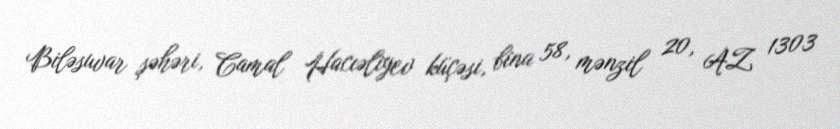
Biləsuvar şəhəri, Camal Hacıəliyev küçəsi, bina 58, mənzil 20, AZ 1303